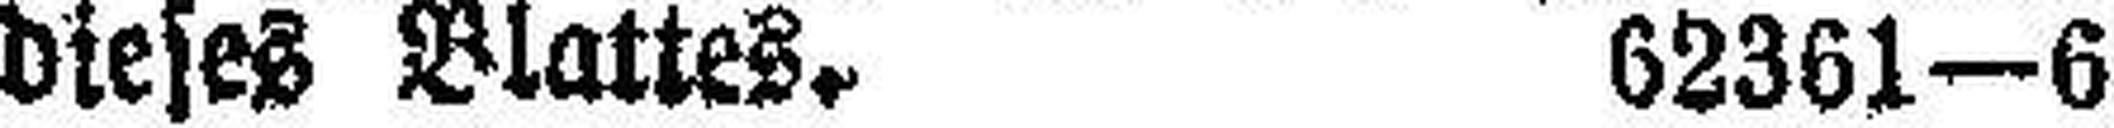
dieses Blattes. 62361—6